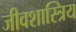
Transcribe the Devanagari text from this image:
जीवशास्त्रिय